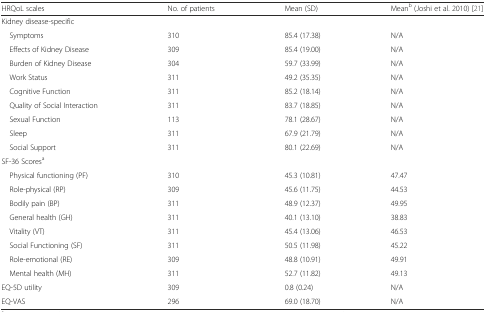
| HRQoL scales | No. of patients | Mean (SD) | Meanb (Joshi et al. 2010) [21] |
 | --- | --- | --- | --- |
 | <COLSPAN=4> Kidney disease-specific |
 | Symptoms | 310 | 85.4 (17.38) | N/A |
 | Effects of Kidney Disease | 309 | 85.4 (19.00) | N/A |
 | Burden of Kidney Disease | 304 | 59.7 (33.99) | N/A |
 | Work Status | 311 | 49.2 (35.35) | N/A |
 | Cognitive Function | 311 | 85.2 (18.14) | N/A |
 | Quality of Social Interaction | 311 | 83.7 (18.85) | N/A |
 | Sexual Function | 113 | 78.1 (28.67) | N/A |
 | Sleep | 311 | 67.9 (21.79) | N/A |
 | Social Support | 311 | 80.1 (22.69) | N/A |
 | <COLSPAN=4> SF-36 Scoresa |
 | Physical functioning (PF) | 310 | 45.3 (10.81) | 47.47 |
 | Role-physical (RP) | 309 | 45.6 (11.75) | 44.53 |
 | Bodily pain (BP) | 311 | 48.9 (12.37) | 49.95 |
 | General health (GH) | 311 | 40.1 (13.10) | 38.83 |
 | Vitality (VT) | 311 | 45.4 (13.06) | 46.53 |
 | Social Functioning (SF) | 311 | 50.5 (11.98) | 45.22 |
 | Role-emotional (RE) | 309 | 48.8 (10.91) | 49.91 |
 | Mental health (MH) | 311 | 52.7 (11.82) | 49.13 |
 | EQ-5D utility | 309 | 0.8 (0.24) | N/A |
 | EQ-VAS | 296 | 69.0 (18.70) | N/A |